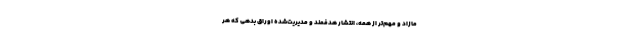
مازاد و مهم‌تر از همه، انتشار هدفمند و مدیریت‌شده اوراق بدهی‌ که هر